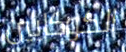
الكوكايين